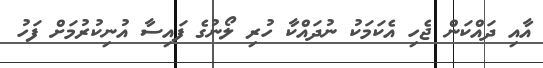
އާއި ދައްކަން ޖެހި އެކަމަކު ނުދައްކާ ހުރި ލޯނުގެ ފައިސާ އުނިކުރުމަށް ފަހު